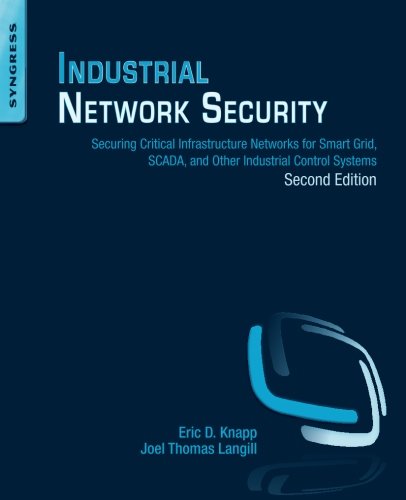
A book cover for Industrial Network Security, Second Edition: Securing Critical Infrastructure Networks for Smart Grid, SCADA, and Other Industrial Control Systems; Eric D. Knapp; Computers & Technology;